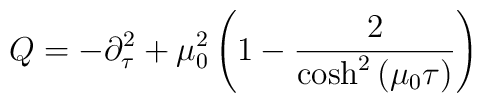
Q=-\partial ^{2}_{\tau }+\mu ^{2}_{0}\left( 1-\frac{2}{\cosh ^{2}\left( \mu _{0}\tau \right) }\right)